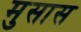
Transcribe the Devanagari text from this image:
मुसास